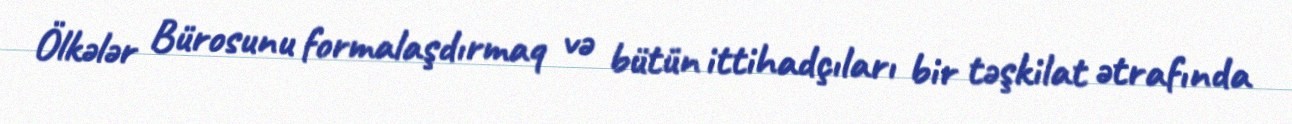
Ölkələr Bürosunu formalaşdırmaq və bütün ittihadçıları bir təşkilat ətrafında